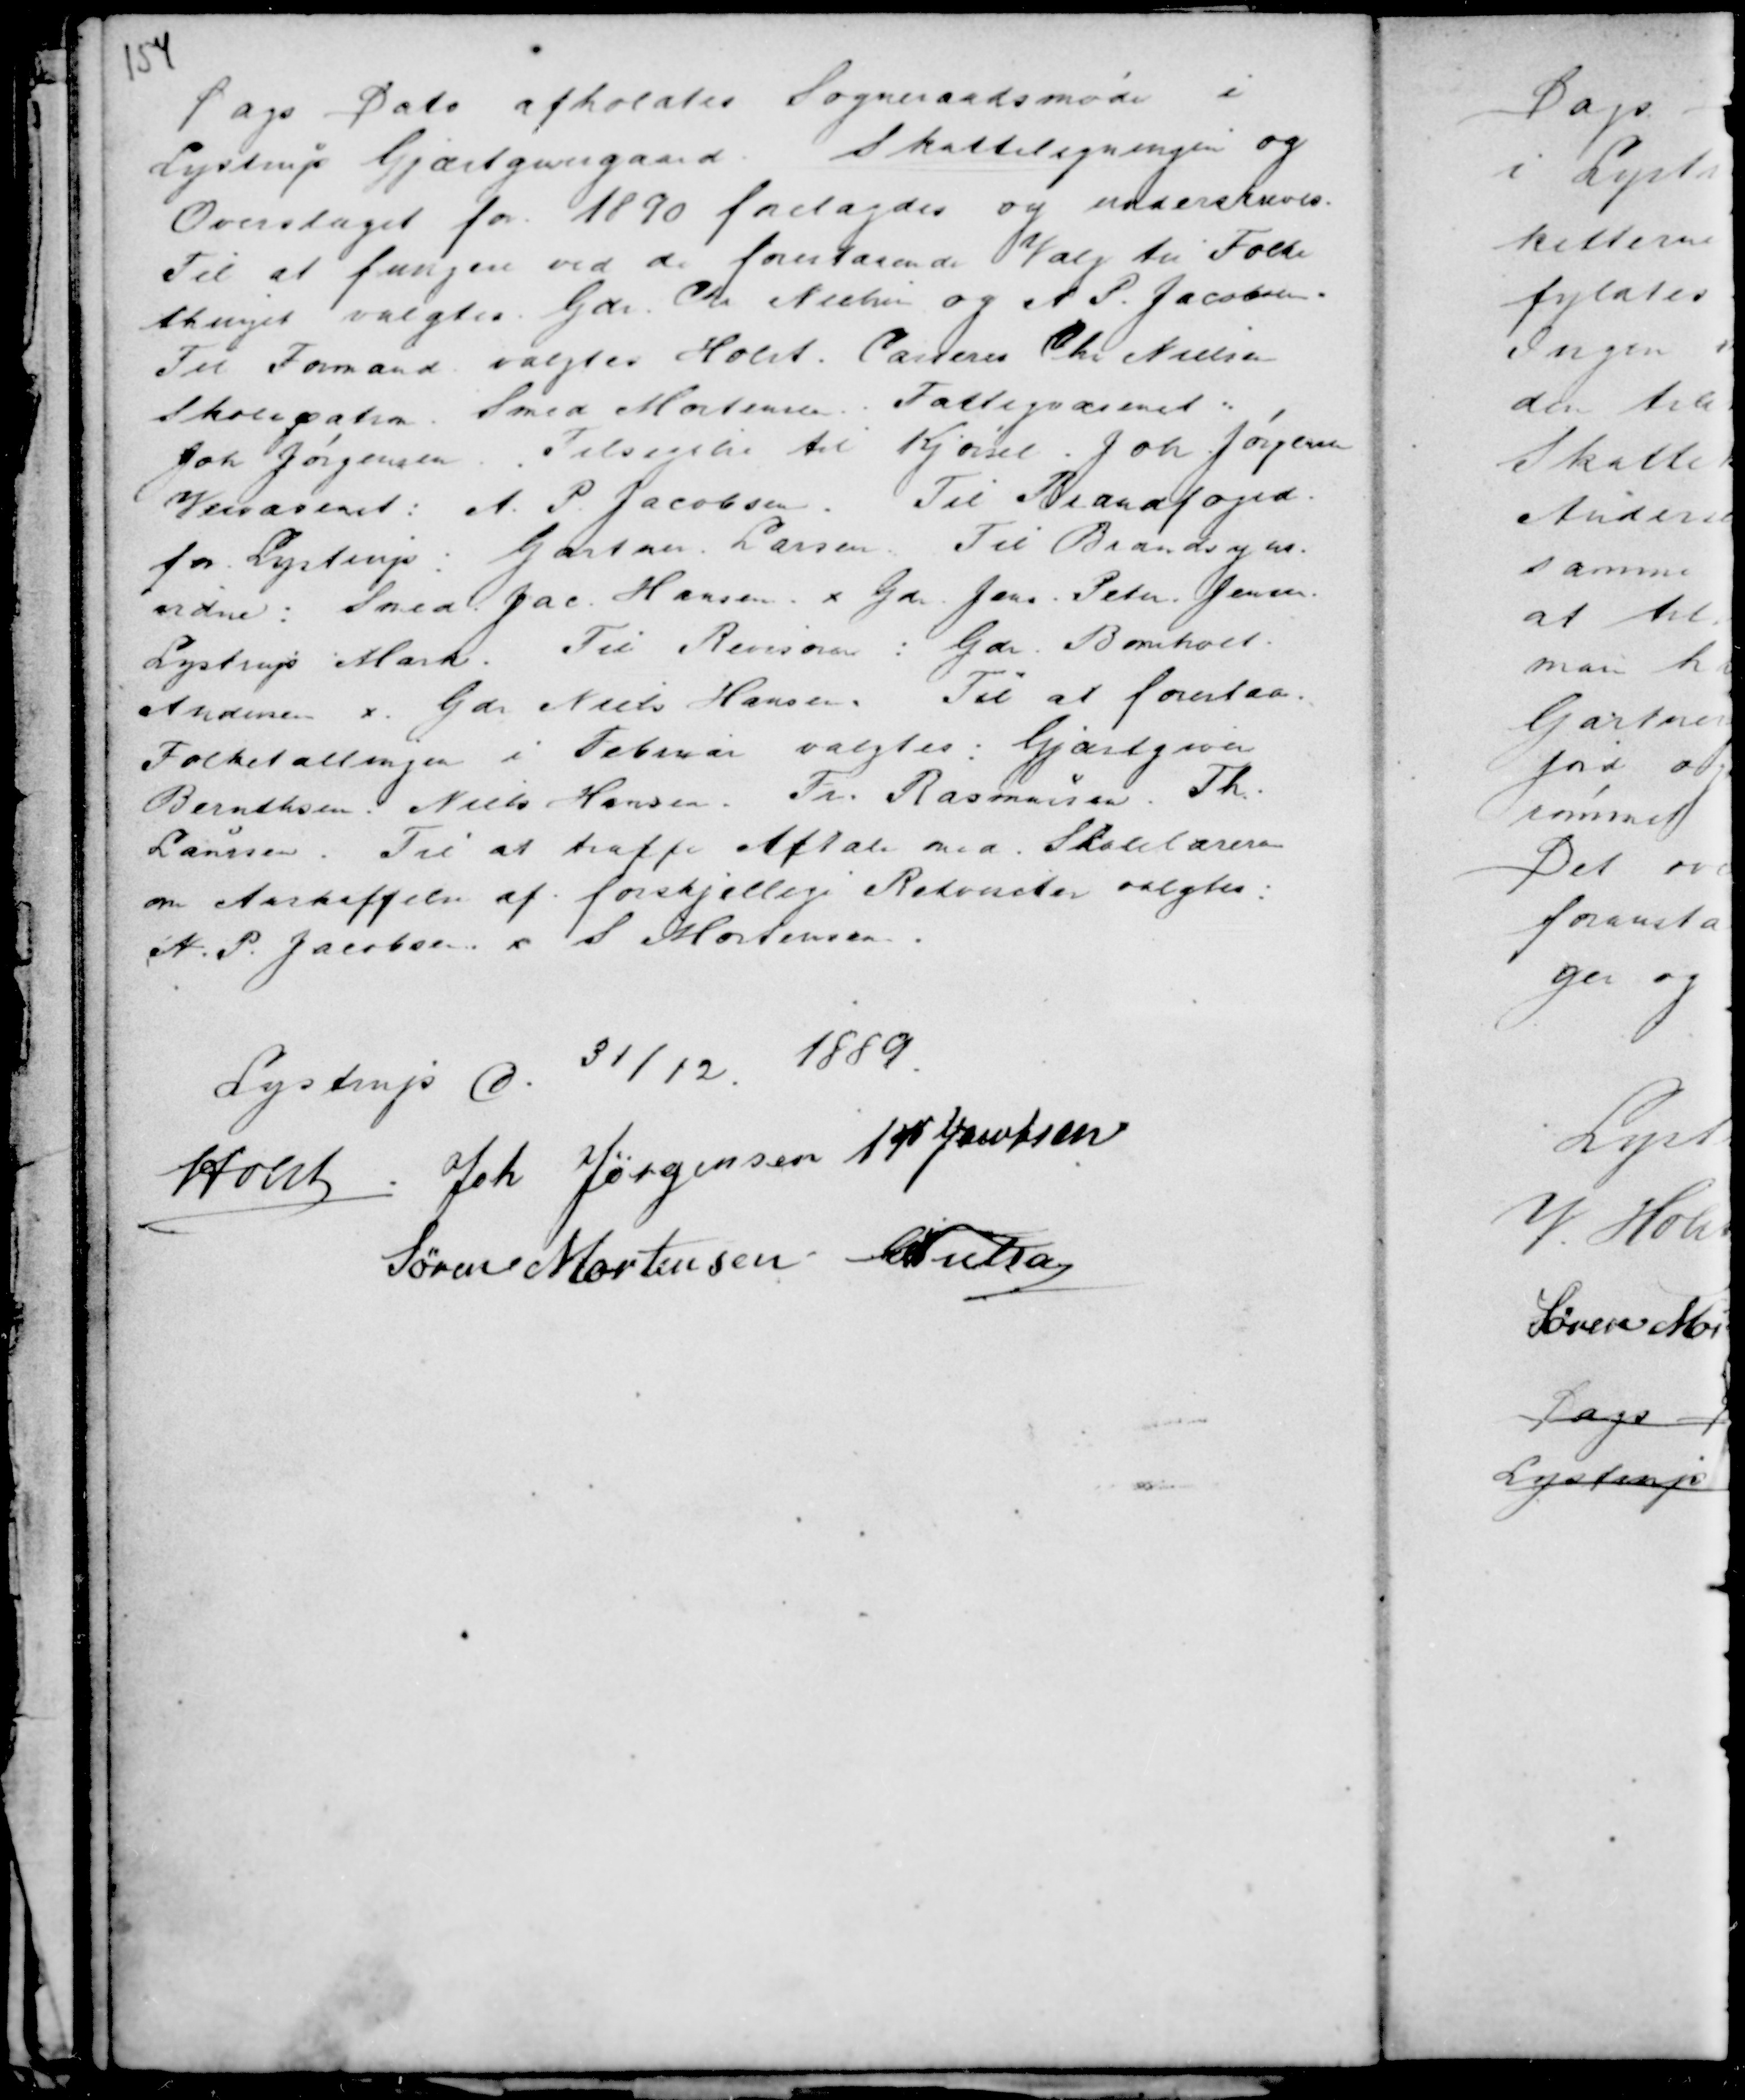
Transskription:
Dags Dato afholdtes Sogneraadsmøde i
Lystrup Gjæstgivergaard. Skatteligningen og
Overslaget for 1890 forelagdes og underskreves.
Til at fungere ved de forestaaende Valg til Folke
thinget valgtes Gdr. Chr Nielsen og A P. Jacobsen.
Til Formand valgtes Holst. Casserer Chr Nielsen
Skolepatron Smed Mortensen. Fattigvæsenet :
Joh Jørgensen . Tilsigelse til Kjørsel Joh Jørgensen
Veivæsenet : A. P. Jacobsen . Til Brandfoged
for Lystrup : Gartner Larsen. Til Brandsyns-
vidne : Sned. Jac. Hansen x Gdr Jens Peter Jensen
Lystrup Mark . Til Revisorer : Gdr Bomholt
Andersen x Gdr Niels Hansen. Til at forestaa
Folketællingen i Februar valgtes : Gjæstgiver
Berenthsen. Niels Hansen . Fr. Rasmussen. Th.
Laursen. Til at træffe Aftale med Skolelæren
om Anskaffelse af forskjellige Rekvisiter valgtes
A. P. Jacobsen x S. Mortensen .

Lystrup d. 31/12. 1889.
Holst . Joh Jørgensen A P Jacobsen
Søren Mortensen C Nielsen